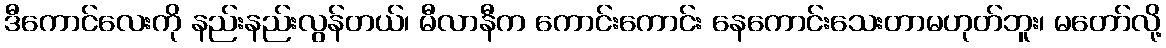
ဒီကောင်လေးကို နည်းနည်းလွန်တယ်၊ မီလာနီက ကောင်းကောင်း နေကောင်းသေးတာမဟုတ်ဘူး၊ မတော်လို့